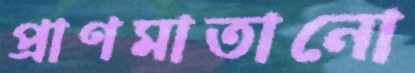
প্রাণমাতানো